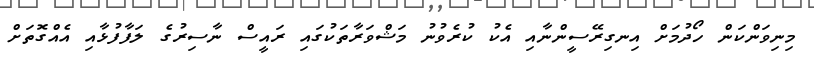
މިނިވަންކަން ހޯދުމަށް އިނގިރޭސީންނާއި އެކު ކުރެވުނު މަޝްވަރާތަކުގައި ރައީސް ނާސިރުގެ ލަފާފުޅާއި އެއްގޮތަށް